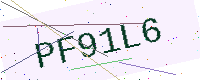
Text: PF91L6